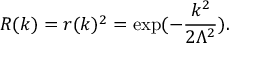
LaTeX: R ( k ) = r ( k ) ^ { 2 } = \exp ( - \frac { k ^ { 2 } } { 2 \Lambda ^ { 2 } } ) .